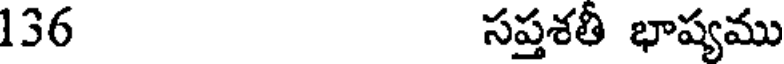
136 సప్తశతీ భాష్యము